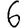
Digit: 6